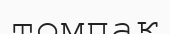
томпақ